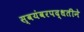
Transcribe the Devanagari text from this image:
स्वयंवरपद्धतीने